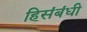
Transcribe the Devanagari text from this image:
हिसंबंधी